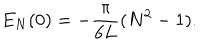
E _ { N } ( 0 ) = - \frac { \pi } { 6 L } ( N ^ { 2 } - 1 ) .